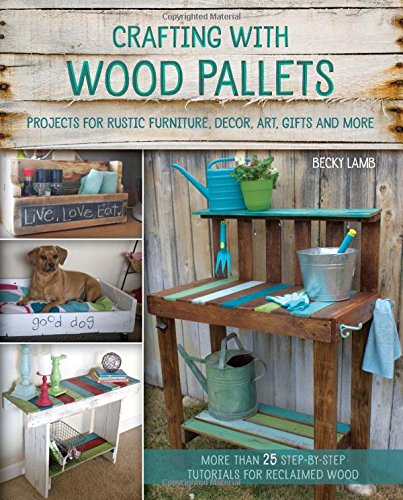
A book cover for Crafting with Wood Pallets: Projects for Rustic Furniture, Decor, Art, Gifts and more; Becky Lamb; Engineering & Transportation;